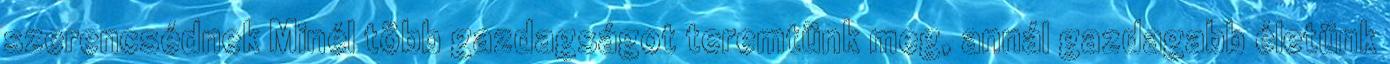
szerencsédnek Minél több gazdagságot teremtünk meg, annál gazdagabb életünk